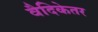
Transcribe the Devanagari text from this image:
वैदिकेतर